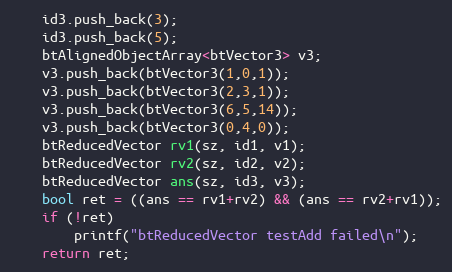
Language: C++
    id3.push_back(3);
    id3.push_back(5);
    btAlignedObjectArray<btVector3> v3;
    v3.push_back(btVector3(1,0,1));
    v3.push_back(btVector3(2,3,1));
    v3.push_back(btVector3(6,5,14));
    v3.push_back(btVector3(0,4,0));
    btReducedVector rv1(sz, id1, v1);
    btReducedVector rv2(sz, id2, v2);
    btReducedVector ans(sz, id3, v3);
    bool ret = ((ans == rv1+rv2) && (ans == rv2+rv1));
    if (!ret)
        printf("btReducedVector testAdd failed\n");
    return ret;